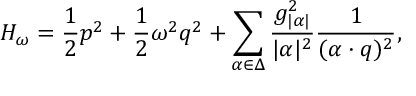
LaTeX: { \cal H } _ { \omega } = { \frac { 1 } { 2 } } p ^ { 2 } + { \frac { 1 } { 2 } } \omega ^ { 2 } q ^ { 2 } + \sum _ { \alpha \in \Delta } { \frac { g _ { | \alpha | } ^ { 2 } } { | \alpha | ^ { 2 } } } { \frac { 1 } { ( \alpha \cdot q ) ^ { 2 } } } ,